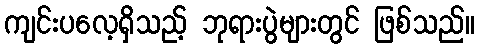
ကျင်းပလေ့ရှိသည့် ဘုရားပွဲများတွင် ဖြစ်သည်။